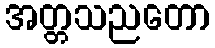
အတ္တသညတော